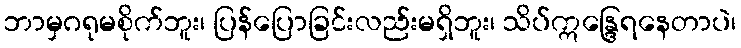
ဘာမှဂရုမစိုက်ဘူး၊ ပြန်ပြောခြင်းလည်းမရှိဘူး၊ သိပ်ဣန္ဒြေရနေတာပဲ၊